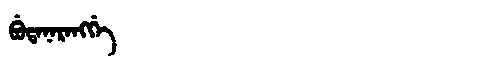
Manchu: ᠪᡠᡨᠠᠨᠠᡵᠠᠩᡤᡝ
Romanization: BUTANARANGGE